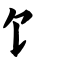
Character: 饣